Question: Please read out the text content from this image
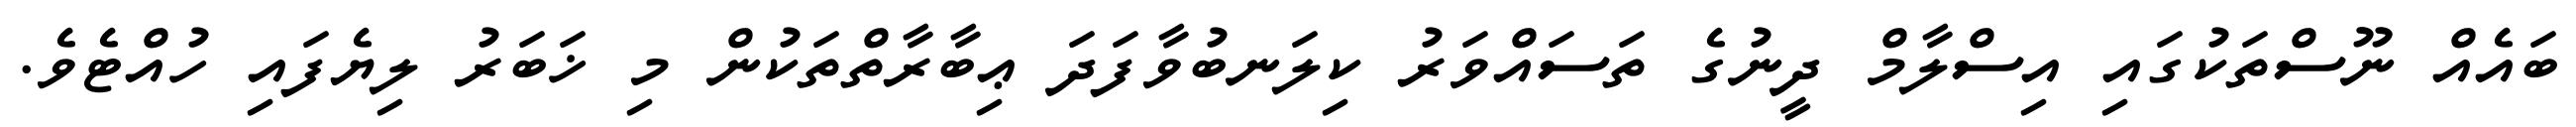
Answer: ބައެއް ނޫސްތަކުގައި އިސްލާމް ދީނުގެ ތަސައްވަރު ކިލަނބުވާފަދަ ޢިބާރާތްތަކުން މި ޚަބަރު ލިޔެފައި ހުއްޓެވެ.